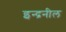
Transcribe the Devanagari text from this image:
इन्द्रनील